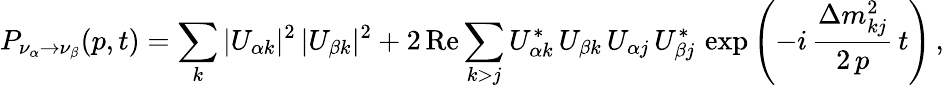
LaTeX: P_{\nu_{\alpha}\to\nu_{\beta}}(p,t)=\sum_{k}|U_{{\alpha}k}|^{2}\, |U_{{\beta}k}|^{2}+2\, \mathrm{Re}\sum_{k>j}U_{{\alpha}k}^{*}\, U_{{\beta}k}\, U_{{\alpha}j}\, U_{{\beta}j}^{*}\, \exp\left(-i\, \frac{\Delta{m}_{kj}^{2}}{2\, p}\, t\right)\, ,